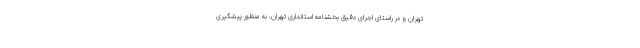
تهران و در راستای اجرای دقیق بخشنامه استانداری تهران، به منظور پیشگیری